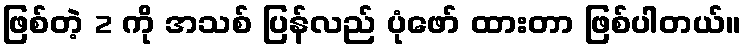
ဖြစ်တဲ့ 2 ကို အသစ် ပြန်လည် ပုံဖော် ထားတာ ဖြစ်ပါတယ်။